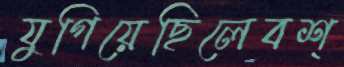
যুগিয়েছিলেবশ্